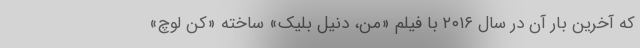
که آخرین بار آن در سال ۲۰۱۶ با فیلم «من، دنیل بلیک» ساخته «کن لوچ»